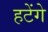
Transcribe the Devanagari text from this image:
हटेंगे